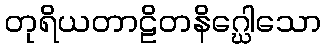
တုရိယတာဠိတနိဂ္ဃေါသော